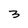
Character: 3